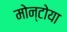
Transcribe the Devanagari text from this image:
मोन्टोया